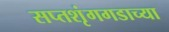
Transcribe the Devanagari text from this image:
सप्तशृंगगडाच्या